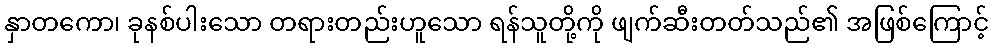
နှာတကော၊ ခုနစ်ပါးသော တရားတည်းဟူသော ရန်သူတို့ကို ဖျက်ဆီးတတ်သည်၏ အဖြစ်ကြောင့်